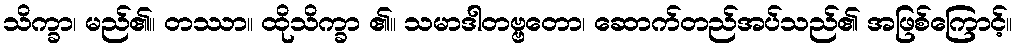
သိက္ခာ၊ မည်၏။ တဿာ။ ထိုသိက္ခာ ၏။ သမာဒါတဗ္ဗတော၊ ဆောက်တည်အပ်သည်၏ အဖြစ်ကြောင့်။